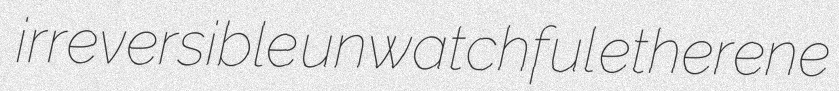
irreversible unwatchful etherene